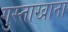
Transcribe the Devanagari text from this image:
गुस्ताखाना